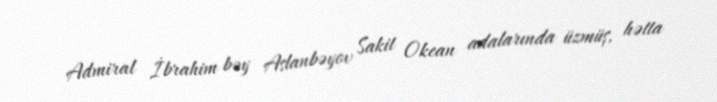
Admiral İbrahim bəy Aslanbəyov Sakit Okean adalarında üzmüş, hətta